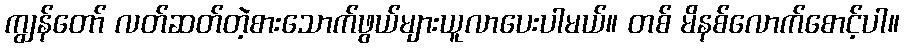
ကျွန်တော် လတ်ဆတ်တဲ့စားသောက်ဖွယ်များယူလာပေးပါမယ်။ တစ် မိနစ်လောက်စောင့်ပါ။